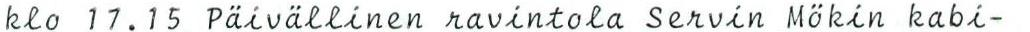
klo 17.15 Päivällinen ravintola Servin Mökin kabi-